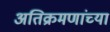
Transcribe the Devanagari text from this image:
अतिक्रमणांच्या